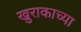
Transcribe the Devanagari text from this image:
खुराकाच्या